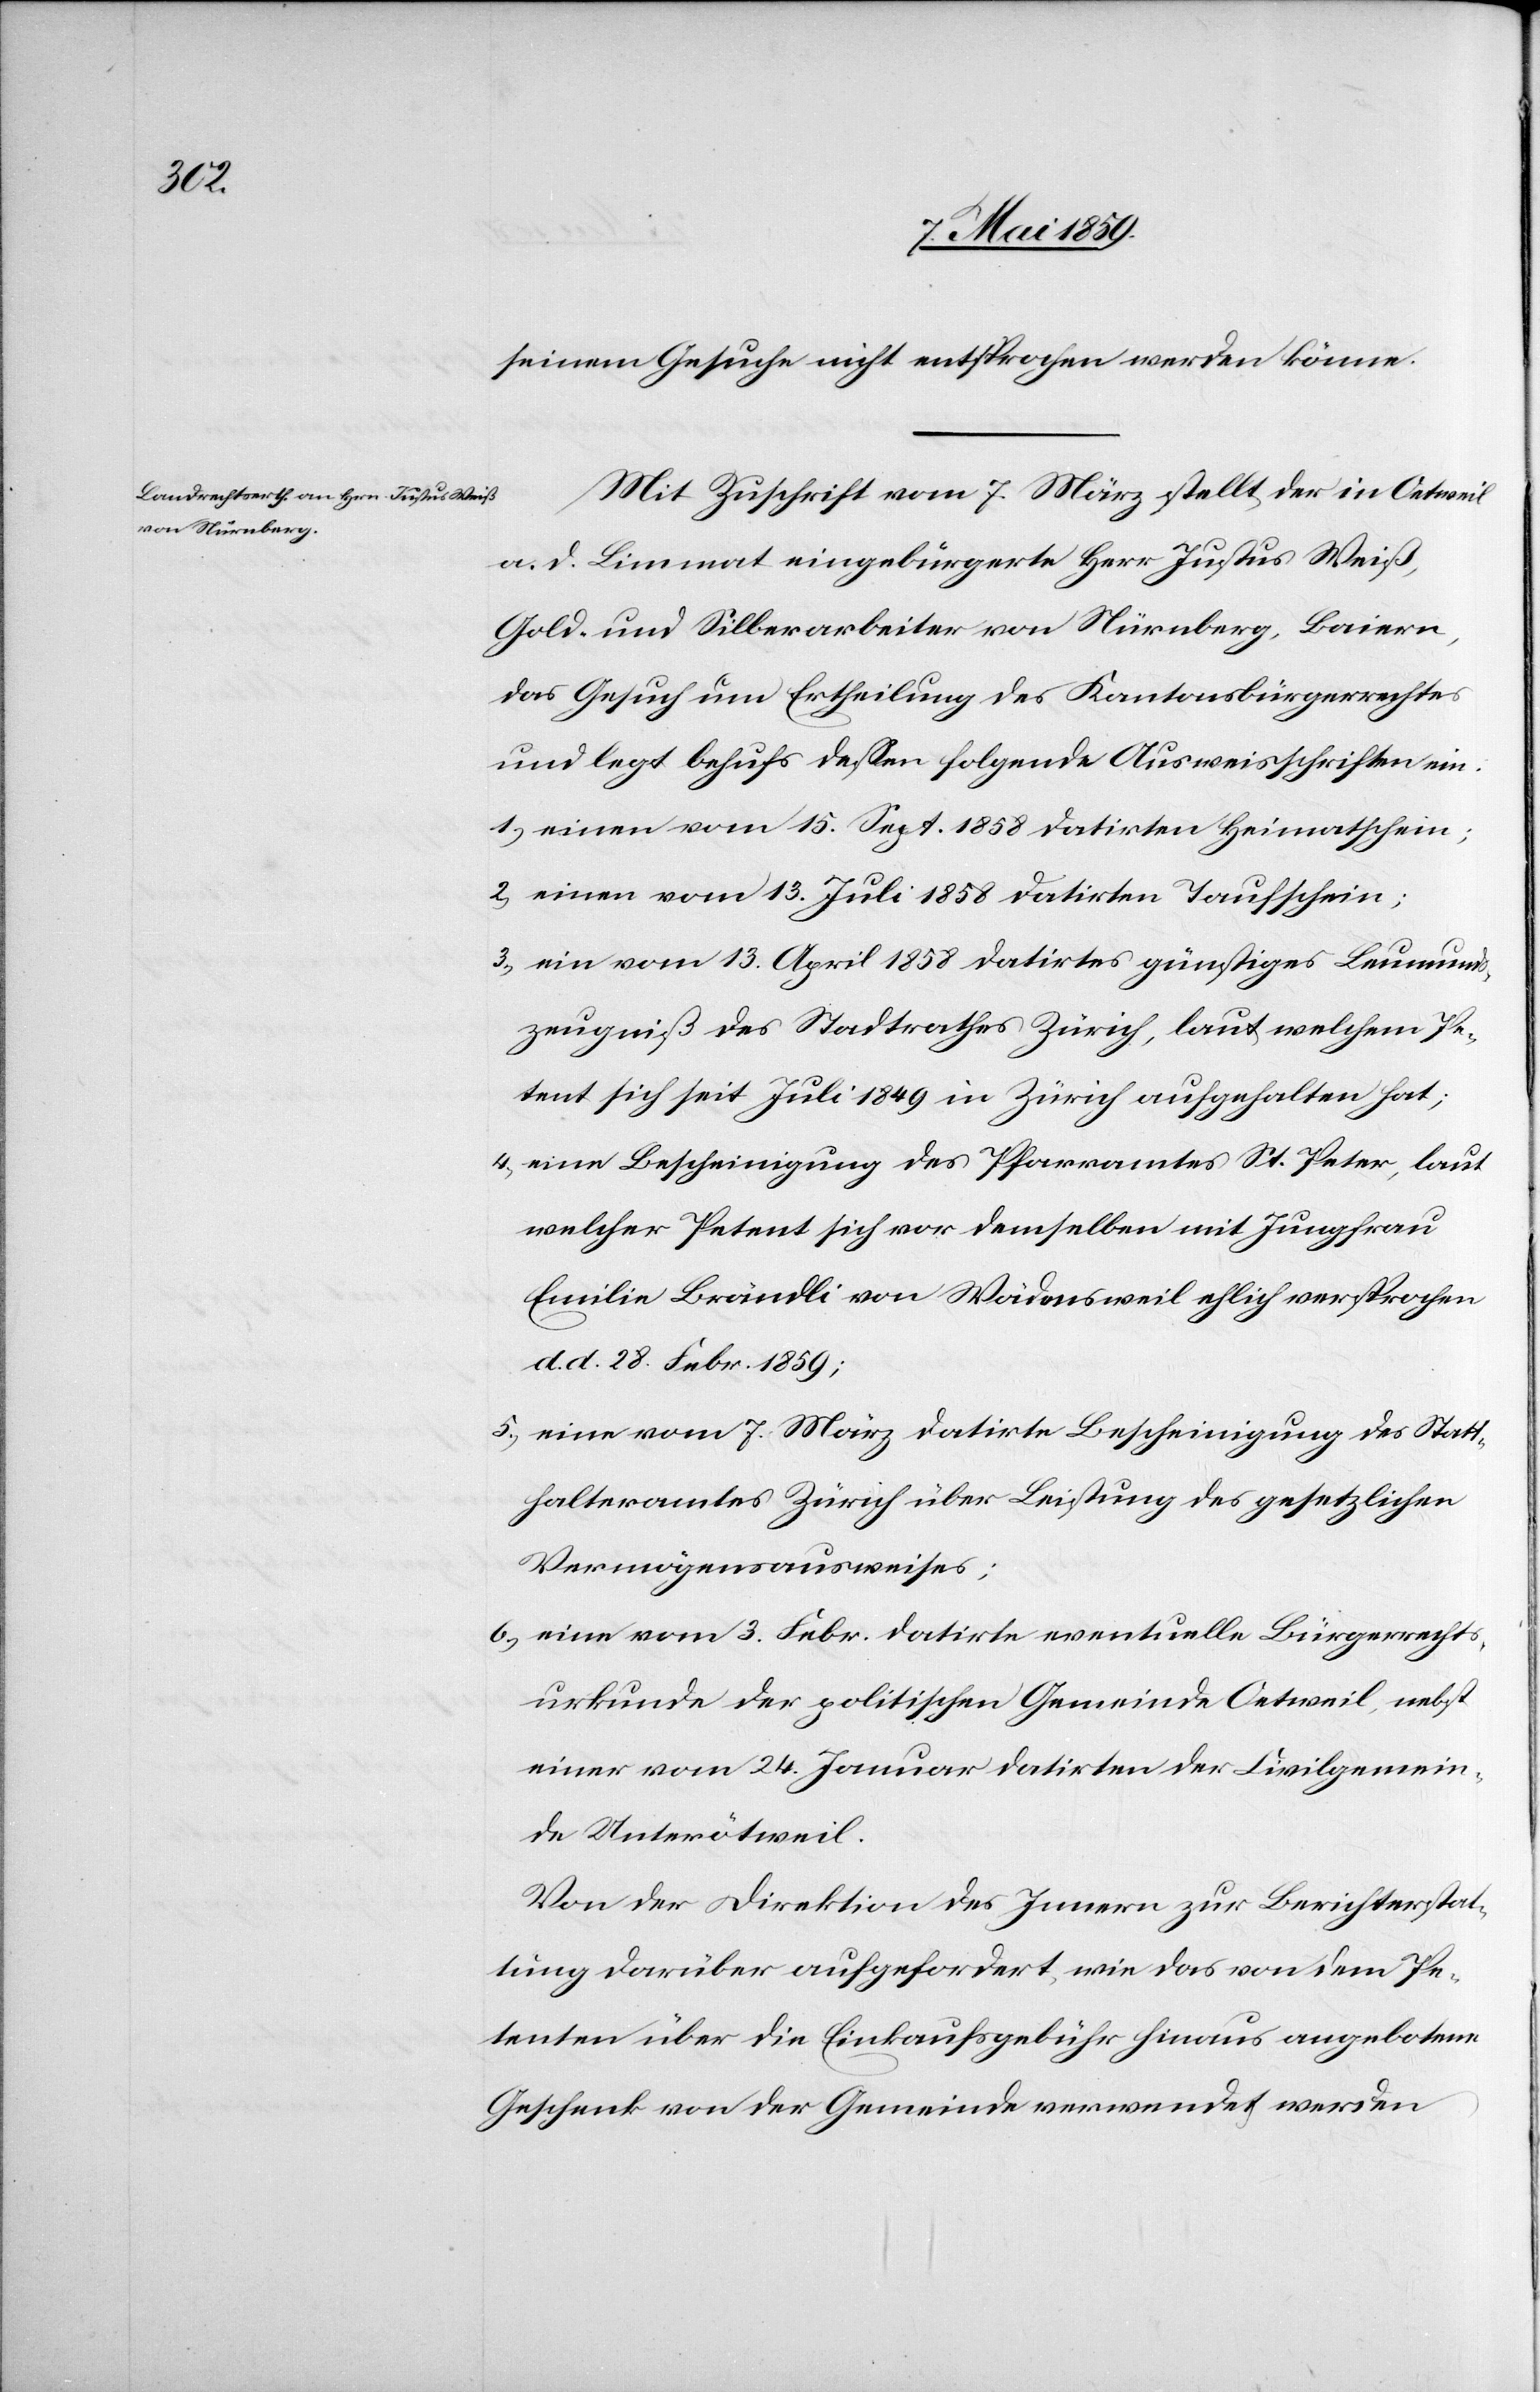
seinem Gesuche nicht entsprochen werden könne.
Mit Zuschrift vom 7. März stellt der in Oetweil
a. d. Limmat eingebürgerte Herr Justus Weiß,
Gold- und Silberarbeiter von Nürnberg, Baiern,
das Gesuch um Ertheilung des Kantonsbürgerrechtes
und legt behufs deßen folgende Ausweisschriften ein:
1) einen vom 15. Sept. 1858 datirten Heimatschein;
2) einen vom 13. Juli 1858 datirten Taufschein;
3) ein vom 13. April 1858 datirtes günstiges Leumunds¬
zeugniß des Stadtrathes Zürich, laut welchem Pe¬
tent sich seit Juli 1849 in Zürich aufgehalten hat;
4) eine Bescheinigung des Pfarramtes St. Peter, laut
welcher Petent sich vor demselben mit Jungfrau
Emilie Brändli von Wädensweil ehlich versprochen
d. d. 28. Febr. 1859;
5) eine vom 7. März datirte Bescheinigung des Statt¬
halteramtes Zürich über Leistung des gesetzlichen
Vermögensausweises;
6) eine vom 3. Febr. datirte eventuelle Bürgerrechts¬
urkunde der politischen Gemeinde Oetweil, nebst
einer vom 24. Januar datirten der Civilgemein¬
de Unterötweil.
Von der Direktion des Innern zur Berichterstat¬
tung darüber aufgefordert, wie das von dem Pe¬
tenten über die Einkaufsgebühr hinaus angebotene
Geschenk von den Gemeinde verwendet werden